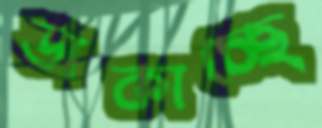
ডাকাচ্ছে